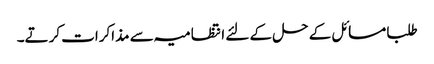
طلبا مسائل کے حل کے لئے انتظامیہ سے مذاکرات کرتے۔